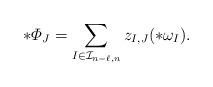
LaTeX: \begin{align*} *\varPhi_J = \sum_{I \in \mathcal{I}_{n-\ell,n}} z_{I,J} (*\omega_I).\end{align*}